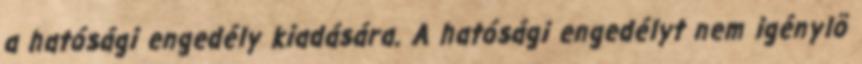
a hatósági engedély kiadására. A hatósági engedélyt nem igénylõ